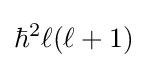
\hbar ^{2}\ell (\ell +1)